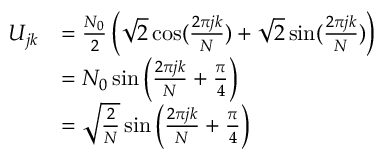
\begin{array} { r l } { U _ { j k } } & { = \frac { N _ { 0 } } { 2 } \left( \sqrt { 2 } \cos ( \frac { 2 \pi j k } { N } ) + \sqrt { 2 } \sin ( \frac { 2 \pi j k } { N } ) \right) } \\ & { = N _ { 0 } \sin \left( \frac { 2 \pi j k } { N } + \frac { \pi } { 4 } \right) } \\ & { = \sqrt { \frac { 2 } { N } } \sin \left( \frac { 2 \pi j k } { N } + \frac { \pi } { 4 } \right) } \end{array}